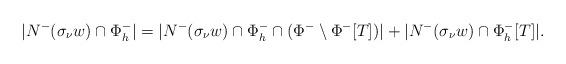
LaTeX: \begin{align*}|N^-(\sigma_{\nu}w)\cap \Phi_h^-| = |N^-(\sigma_{\nu}w) \cap \Phi_h^-\cap(\Phi^- \setminus \Phi^-[T])| + |N^-(\sigma_{\nu}w)\cap \Phi_h^-[T]|. \end{align*}